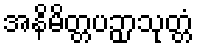
အနိမိတ္တပဉှာသုတ္တံ